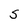
Character: S